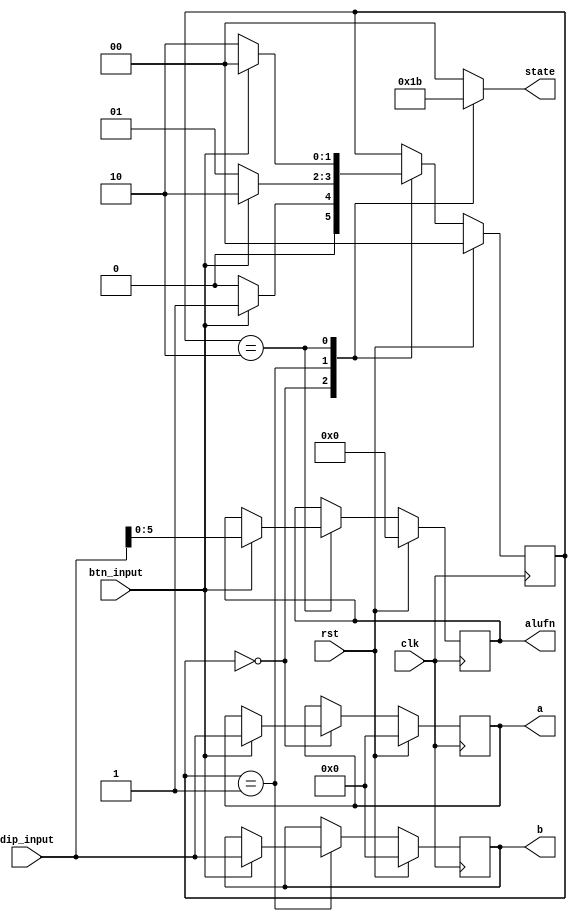
module manual_tester_12 (
    input btn_input,
    input [15:0] dip_input,
    input clk,
    input rst,
    output reg [15:0] a,
    output reg [15:0] b,
    output reg [5:0] alufn,
    output reg [1:0] state
  );
  
  
  
  reg [5:0] M_stored_alufn_d, M_stored_alufn_q = 1'h0;
  reg [15:0] M_stored_a_d, M_stored_a_q = 1'h0;
  reg [15:0] M_stored_b_d, M_stored_b_q = 1'h0;
  localparam ENTER_A_brain = 2'd0;
  localparam ENTER_B_brain = 2'd1;
  localparam ENTER_ALUFN_brain = 2'd2;
  
  reg [1:0] M_brain_d, M_brain_q = ENTER_A_brain;
  
  always @* begin
    M_brain_d = M_brain_q;
    M_stored_a_d = M_stored_a_q;
    M_stored_alufn_d = M_stored_alufn_q;
    M_stored_b_d = M_stored_b_q;
    
    state = 1'h0;
    
    case (M_brain_q)
      ENTER_A_brain: begin
        state = 2'h1;
        if (btn_input) begin
          M_stored_a_d = dip_input;
          M_brain_d = ENTER_B_brain;
        end else begin
          M_brain_d = ENTER_A_brain;
        end
      end
      ENTER_B_brain: begin
        state = 2'h2;
        if (btn_input) begin
          M_stored_b_d = dip_input;
          M_brain_d = ENTER_ALUFN_brain;
        end else begin
          M_brain_d = ENTER_B_brain;
        end
      end
      ENTER_ALUFN_brain: begin
        state = 2'h3;
        if (btn_input) begin
          M_stored_alufn_d = dip_input[0+5-:6];
          M_brain_d = ENTER_A_brain;
        end else begin
          M_brain_d = ENTER_ALUFN_brain;
        end
      end
    endcase
    a = M_stored_a_q;
    b = M_stored_b_q;
    alufn = M_stored_alufn_q;
  end
  
  always @(posedge clk) begin
    if (rst == 1'b1) begin
      M_stored_alufn_q <= 1'h0;
      M_stored_a_q <= 1'h0;
      M_stored_b_q <= 1'h0;
      M_brain_q <= 1'h0;
    end else begin
      M_stored_alufn_q <= M_stored_alufn_d;
      M_stored_a_q <= M_stored_a_d;
      M_stored_b_q <= M_stored_b_d;
      M_brain_q <= M_brain_d;
    end
  end
  
endmodule